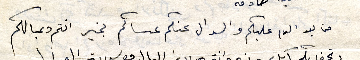
من بعد السلام عليكم والسوال عنكم عساكم بخير انتم وعيالكم